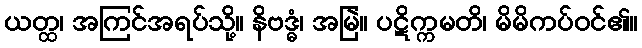
ယတ္ထ၊ အကြင်အရပ်သို့။ နိဗဒ္ဓံ၊ အမြဲ။ ပဋိက္ကမတိ၊ မိမိကပ်ဝင်၏။